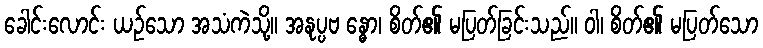
ခေါင်းလောင်း ယဉ်သော အသံကဲသို့။ အနုပ္ပဗ န္ဓော၊ စိတ်၏ မပြတ်ခြင်းသည်။ ဝါ၊ စိတ်၏ မပြတ်သော